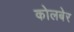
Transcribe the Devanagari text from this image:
कोलबेर